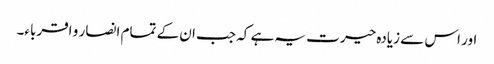
اور اس سے زیادہ حیرت یہ ہے کہ جب ان کے تمام انصار و اقرباء۔